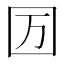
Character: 𡆭